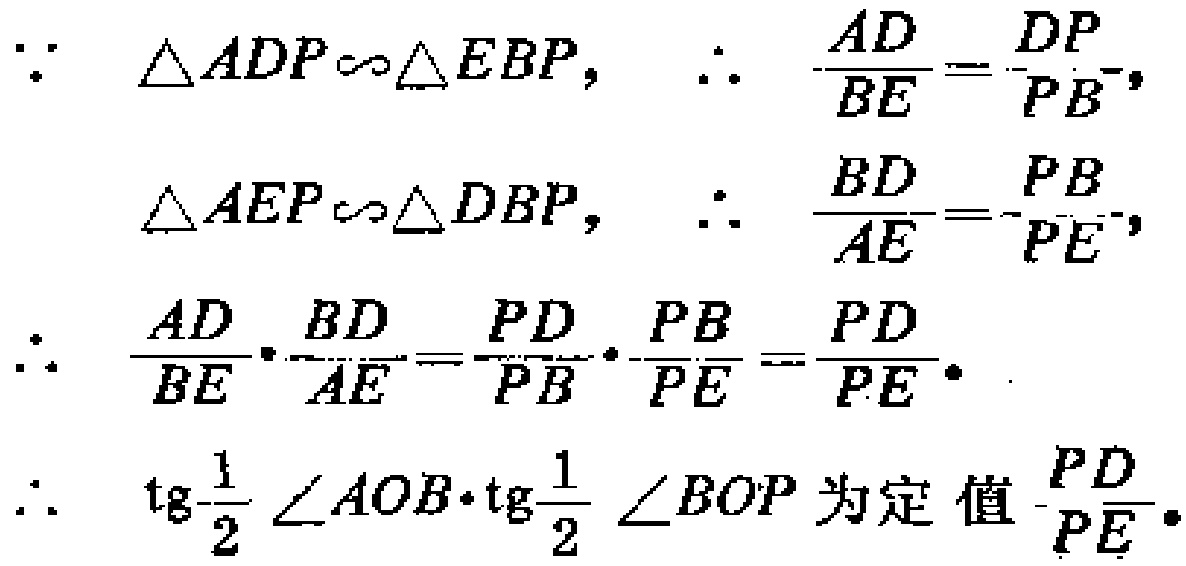
\[
\begin{align*}
&\because \triangle ADP\sim\triangle EBP,\quad \therefore \frac{AD}{BE}=\frac{DP}{PB},\\
&\triangle AEP\sim\triangle DBP,\quad \therefore \frac{BD}{AE}=\frac{PB}{PE},\\
&\therefore \frac{AD}{BE}\cdot\frac{BD}{AE}=\frac{PD}{PB}\cdot\frac{PB}{PE}=\frac{PD}{PE}.\\
&\therefore \text{tg}\frac{1}{2}\angle AOB\cdot\text{tg}\frac{1}{2}\angle BOP} \text{ 为定值 }\frac{PD}{PE}.
\end{align*}
\]